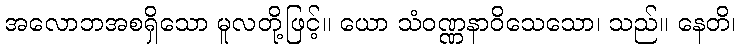
အလောဘအစရှိသော မူလတို့ဖြင့်။ ယော သံဝဏ္ဏနာဝိသေသော၊ သည်။ နေတိ၊